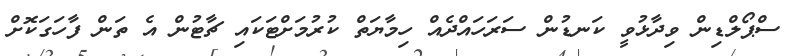
ސްޕޯލްޑިން ވިދާޅުވީ ކަނޑުން ސަރަހައްދެއް ހިމާޔަތް ކުރުމަށްޓަކައި ޗާޓުން އެ ތަން ފާހަގަކޮށް